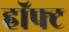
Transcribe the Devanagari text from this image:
हॉफ्ट